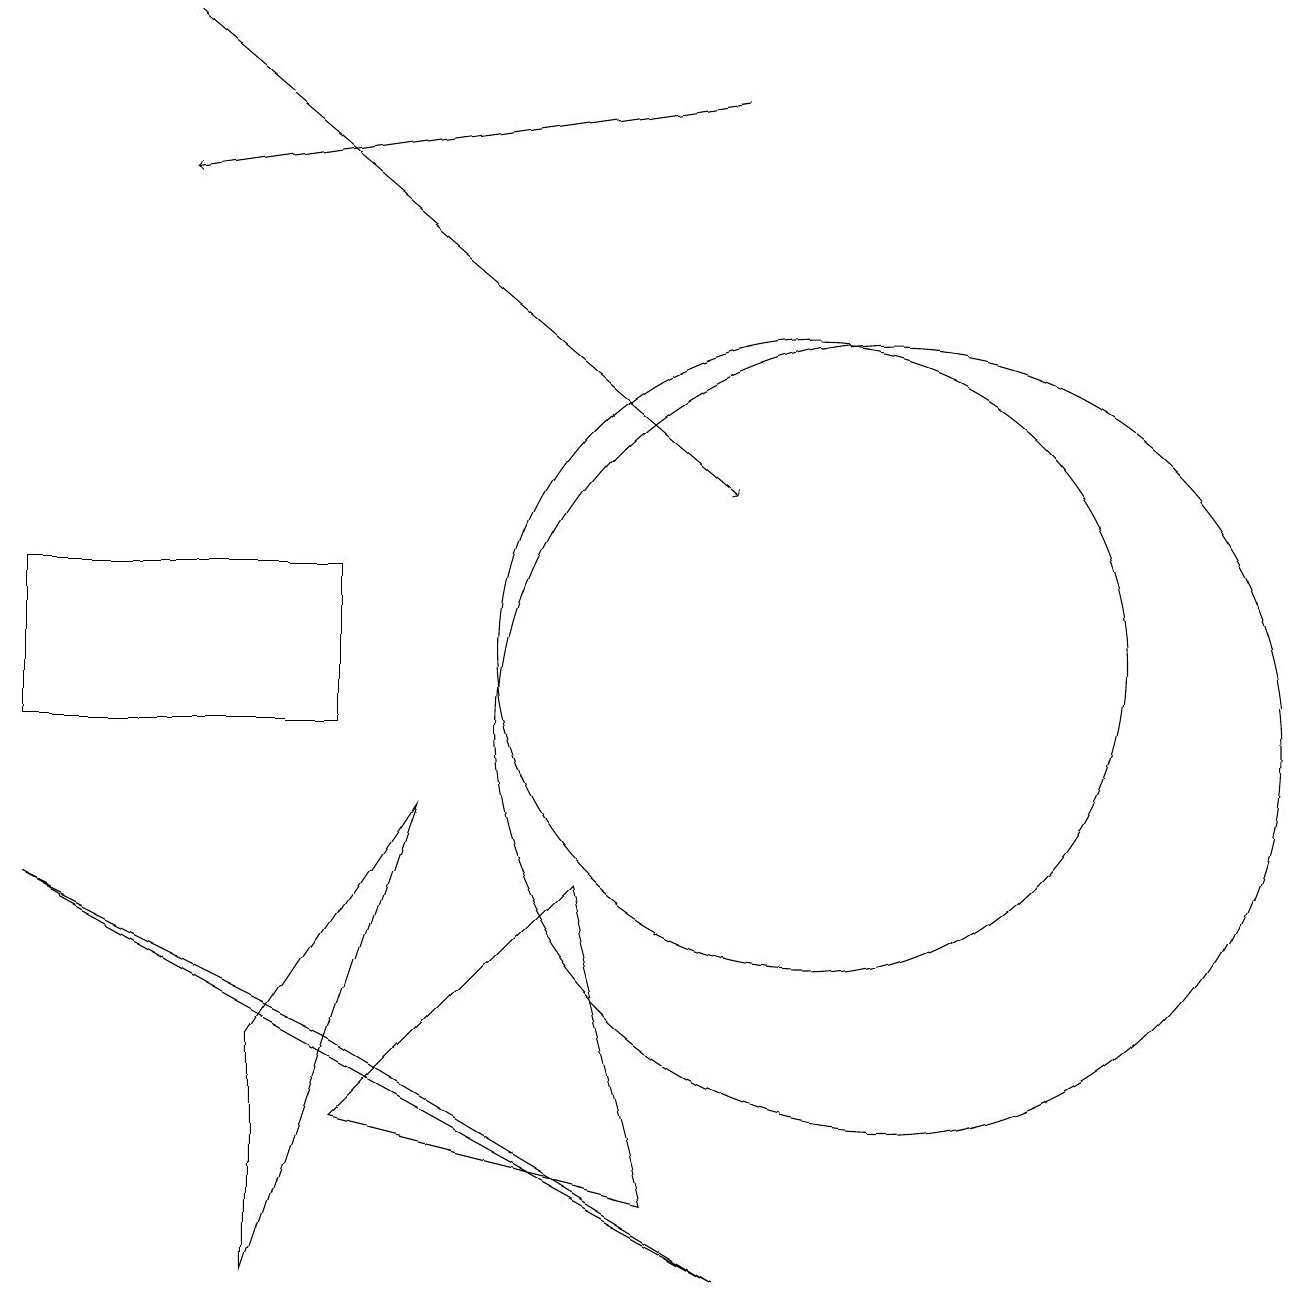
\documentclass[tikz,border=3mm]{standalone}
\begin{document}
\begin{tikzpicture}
\draw[->] (2,19) -- (9,13);
\draw[->] (9,18) -- (2,17);
\draw (7,8) -- (4,5) -- (8,4) -- cycle;
\draw (5,9) -- (3,6) -- (3,3) -- cycle;
\draw (0,10) rectangle (4,12);
\draw (10,11) circle (4);
\draw (11,10) circle (5);
\draw (0,8) -- (4,6) -- (9,3) -- cycle;
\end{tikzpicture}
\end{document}